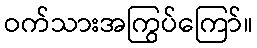
ဝက်သားအကြွပ်ကြော်။